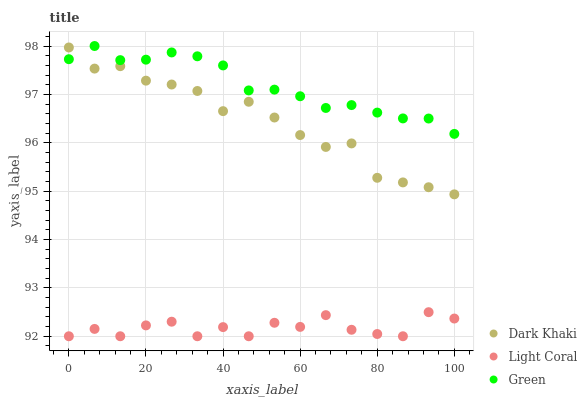
| xaxis_label | Dark Khaki | Light Coral | Green |
 | --- | --- | --- | --- |
 | 0 | 98 | 92 | 97.7 |
 | 6.67 | 97.5 | 92.2 | 98 |
 | 13.3 | 97.6 | 92 | 97.7 |
 | 20 | 97.3 | 92.2 | 97.7 |
 | 26.7 | 97.2 | 92.3 | 97.9 |
 | 33.3 | 97.1 | 92 | 97.8 |
 | 40 | 96.7 | 92.2 | 97.6 |
 | 46.7 | 96.8 | 92 | 97.1 |
 | 53.3 | 96.5 | 92.3 | 97.1 |
 | 60 | 96.2 | 92.2 | 97 |
 | 66.7 | 95.9 | 92.4 | 96.7 |
 | 73.3 | 96 | 92.1 | 96.8 |
 | 80 | 95.3 | 92 | 96.6 |
 | 86.7 | 95.2 | 92 | 96.5 |
 | 93.3 | 95.1 | 92.5 | 96.5 |
 | 100 | 94.9 | 92.4 | 96.2 |